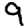
Digit: 9